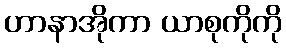
ဟာနာအိုကာ ယာစုကိုကို